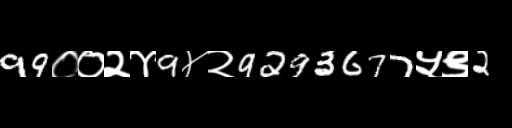
Text: 99००२४9४२9293677५९2